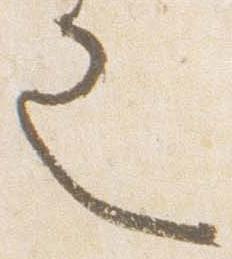
也